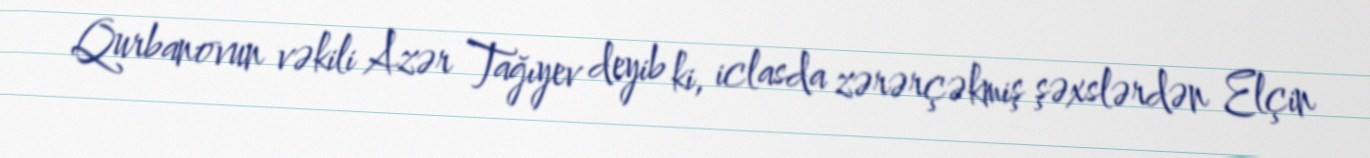
Qurbanovun vəkili Azər Tağıyev deyib ki, iclasda zərərçəkmiş şəxslərdən Elçin